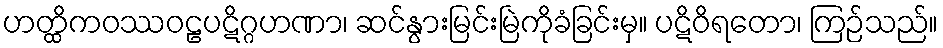
ဟတ္ထိကဝဿဝဠပဋိဂ္ဂဟဏာ၊ ဆင်နွားမြင်းမြဲကိုခံခြင်းမှ။ ပဋိဝိရတော၊ ကြဉ်သည်။